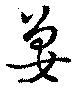
姜